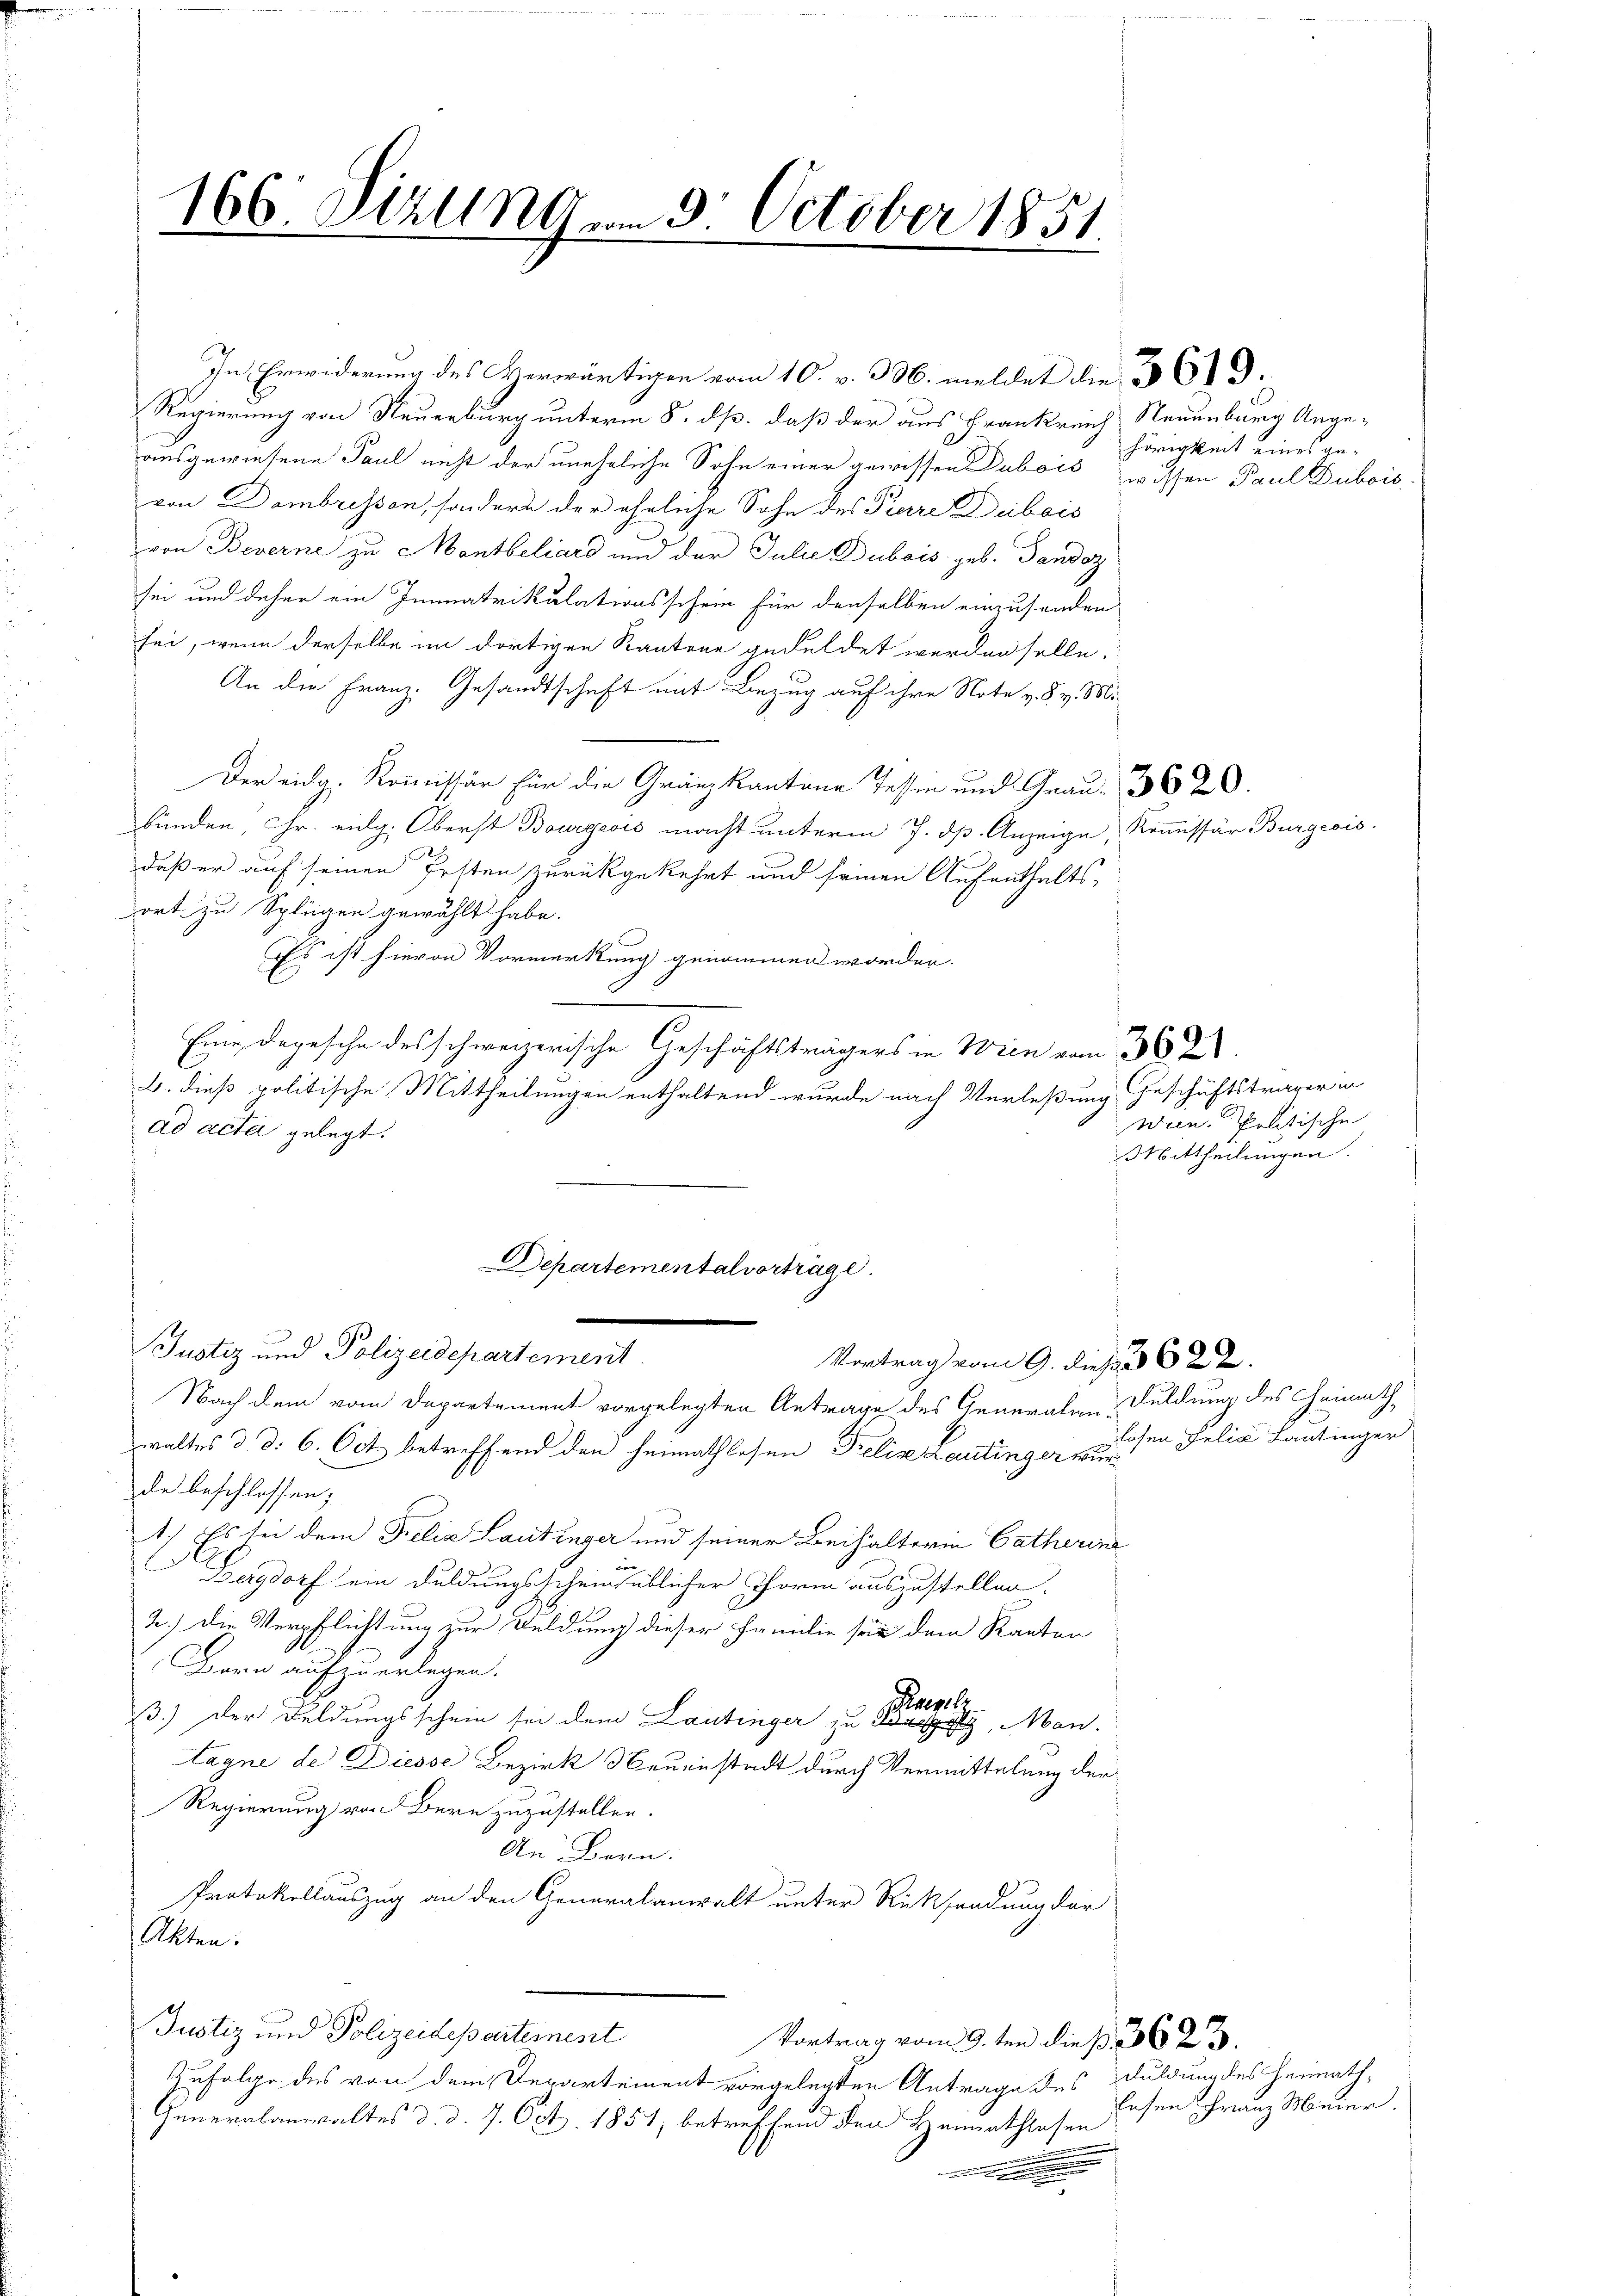
166. Setzung am 9. October 1851.

ausgewiesene Paul nicht der uneheliche Sohn einer gewissen Dubois wissen Paul Dubois
von Dambressen, sondern der ähnliche Sohn des Pierre Dubois
von Beverne zu Montbeliard und der Julie Dubois geb. Gandoz
sei und daher ein Immatrikulationsschein für denselben einzusenden
tei, wenn derselbe im dortigen Stantone geduldet werden solle.
An die Franz. Gesandtschaft mit Bezug auf ihre Note v. 8. v. 850.
Der eidg. Kommissär für die Gränzkantons Tessin und Grau. 362.
bunden, Gr. eidg. Oberst Bourgeois macht unterm 7. dß. Anzeige, Kommissär Burgeois
daß er auf seinen Ersten zurückgekehrt und seinen Aufenthalts-
ort zu Splügen gewählt habe.
Es ist hievon Vormerkung genommen worden.
Eine Depesche des schweizerische Geschäftsträgers in Wien vom 1382.
b. dieß politische Mittheilungen enthaltend wurde nach Verlaßung Geschäftsträger in
ad acta gelegt.
Justiz und Polizeidepartement.
Vortrag vom 9. dies  622.
Nach dem vom Departement vorgelegten Antrage des Generalen Duldung des Heimathwaltes d. d. 6. Oct. betreffend den heimathlesen Prelige Lantinger wur
de beschlossen;
1.) Es bei dem Felia Laudinger und seiner Beihalterin Catherine
Zergdorf ein Duldungsscheins üblicher Form auszustellen.
2.) Die Verpflichtung zur Beldung dieser Familie sie dem Kanton
Bern aufzuerlegen.
Kammels
3.) Der Feldungsschein sei dem Lantinger zu Man
tagne de Diesse Bezirk Neuenstadt durch Vermittelung der
Regierung von Bern zuzustellen.
An Bern:
Protokollauszug an den Generalanwalt unter Rücksendung der
Akten:
Justiz und Polizeidepartemest
Vortrag vom 9.ten dieß. 3623.
Zufolge des von dem Departement vorgelegten Antrage des Duldung des Heimath¬
Generalanwaltes d. d. 7. Oct. 1851, betreffend den Heimathlosen
.
.

In Erwiderung des Verwärtigen vom 10. v. 3. meldet die 369.
Regierung von Neuenburg unterm 8. ds., daß der aus Frankreich Neuenburg Ange-

Departementalvorträge.

hörigkeit eines ge-

wein Politische
Mittheilungen.

lösen Felix Lantinger

lesen Franz Meier.